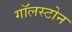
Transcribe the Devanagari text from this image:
गॉलस्टोन